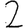
Digit: 2